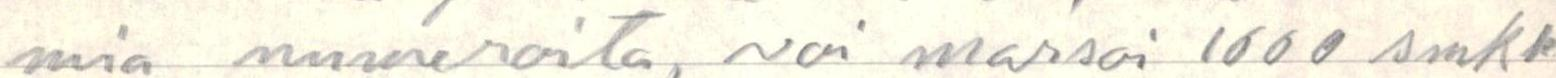
mia numeroita, voi marsoi 1000 smkk